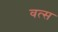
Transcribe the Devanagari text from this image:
वत्‍स